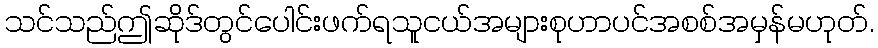
သင်သည်ဤဆိုဒ်တွင်ပေါင်းဖက်ရသူငယ်အများစုဟာပင်အစစ်အမှန်မဟုတ်.